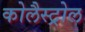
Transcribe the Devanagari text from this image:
कोलैस्ट्रोल